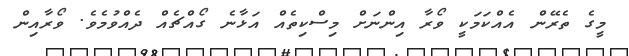
މީގެ ތެރޭން އެއްކަމަކީ ވޯރާ އިންނަށް މިސްކިތެއް އަޅާނެ ގޯއްޗެއް ދެއްވުމެވެ. ވޯރާއިން